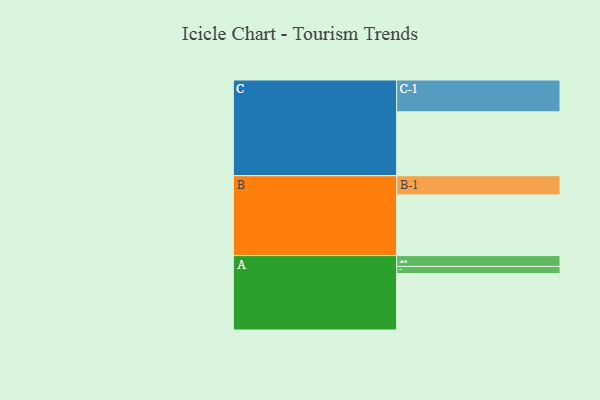
{"axis": {"x": "Segment", "y": "Value"}, "legend": ["", "A", "B", "C"], "data": [{"x": "A", "y": 505, "type": ""}, {"x": "B", "y": 543, "type": ""}, {"x": "C", "y": 572, "type": ""}, {"x": "A-1", "y": 97, "type": "A"}, {"x": "A-2", "y": 64, "type": "A"}, {"x": "B-1", "y": 172, "type": "B"}, {"x": "C-1", "y": 285, "type": "C"}]}